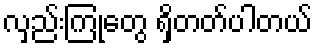
လှည်းကြုံတွေ ရှိတတ်ပါတယ်